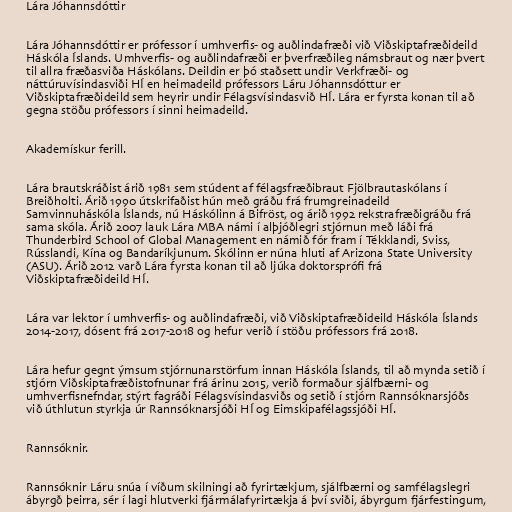
Lára Jóhannsdóttir

Lára Jóhannsdóttir er prófessor í umhverfis- og auðlindafræði við Viðskiptafræðideild
Háskóla Íslands. Umhverfis- og auðlindafræði er þverfræðileg námsbraut og nær þvert
til allra fræðasviða Háskólans. Deildin er þó staðsett undir Verkfræði- og
náttúruvísindasviði HÍ en heimadeild prófessors Láru Jóhannsdóttur er
Viðskiptafræðideild sem heyrir undir Félagsvísindasvið HÍ. Lára er fyrsta konan til að
gegna stöðu prófessors í sinni heimadeild.

Akademískur ferill.

Lára brautskráðist árið 1981 sem stúdent af félagsfræðibraut Fjölbrautaskólans í
Breiðholti. Árið 1990 útskrifaðist hún með gráðu frá frumgreinadeild
Samvinnuháskóla Íslands, nú Háskólinn á Bifröst, og árið 1992 rekstrafræðigráðu frá
sama skóla. Árið 2007 lauk Lára MBA námi í alþjóðlegri stjórnun með láði frá
Thunderbird School of Global Management en námið fór fram í Tékklandi, Sviss,
Rússlandi, Kína og Bandaríkjunum. Skólinn er núna hluti af Arizona State University
(ASU). Árið 2012 varð Lára fyrsta konan til að ljúka doktorsprófi frá
Viðskiptafræðideild HÍ.

Lára var lektor í umhverfis- og auðlindafræði, við Viðskiptafræðideild Háskóla Íslands
2014-2017, dósent frá 2017-2018 og hefur verið í stöðu prófessors frá 2018.

Lára hefur gegnt ýmsum stjórnunarstörfum innan Háskóla Íslands, til að mynda setið í
stjórn Viðskiptafræðistofnunar frá árinu 2015, verið formaður sjálfbærni- og
umhverfisnefndar, stýrt fagráði Félagsvísindasviðs og setið í stjórn Rannsóknarsjóðs
við úthlutun styrkja úr Rannsóknarsjóði HÍ og Eimskipafélagssjóði HÍ.

Rannsóknir.

Rannsóknir Láru snúa í víðum skilningi að fyrirtækjum, sjálfbærni og samfélagslegri
ábyrgð þeirra, sér í lagi hlutverki fjármálafyrirtækja á því sviði, ábyrgum fjárfestingum,